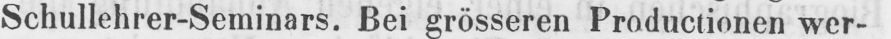
Schullehrer-Seminars. Bei grösseren Productionen wer-